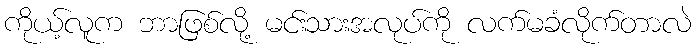
ကိုယ့်လူက ဘာဖြစ်လို့ မင်းသားအလုပ်ကို လက်မခံလိုက်တာလဲ